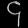
Digit: ၄